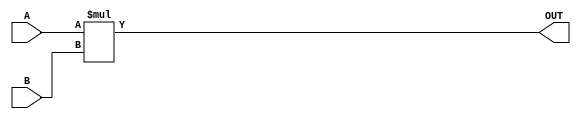
module ParameterizedMultiplier #( 
    parameter WIDTH_A = 8,  // Bit-width for input A
    parameter WIDTH_B = 8,  // Bit-width for input B
    parameter WIDTH_OUT = WIDTH_A + WIDTH_B // Bit-width for output
) (
    input  signed [WIDTH_A-1:0] A, // Input A
    input  signed [WIDTH_B-1:0] B, // Input B
    output signed [WIDTH_OUT-1:0] OUT // Output for the result
);

    // Behavioral multiplication using the built-in multiplication operator
    assign OUT = A * B;

endmodule